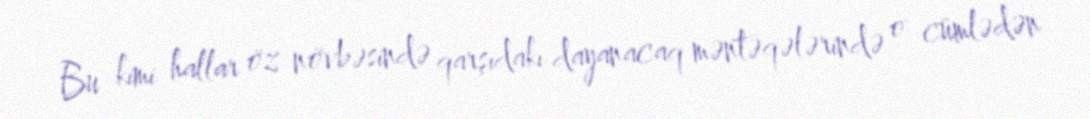
Bu kimi hallar öz növbəsində qarşıdakı dayanacaq məntəqələrində o cümlədən